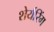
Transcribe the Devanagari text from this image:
शेर्यरिंग